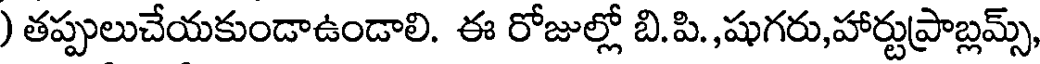
) తప్పులుచేయకుండాఉండాలి. ఈ రోజుల్లో బి.పి.,షుగరు,హార్టుప్రాబ్లమ్స్,